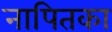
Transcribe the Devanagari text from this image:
नापितका